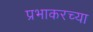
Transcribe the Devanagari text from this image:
प्रभाकरच्या